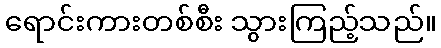
ရောင်းကားတစ်စီး သွားကြည့်သည်။